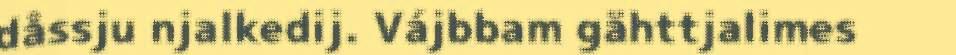
dåssju njalkedij. Vájbbam gähttjalimes